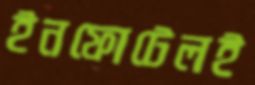
ইনফোটেলই